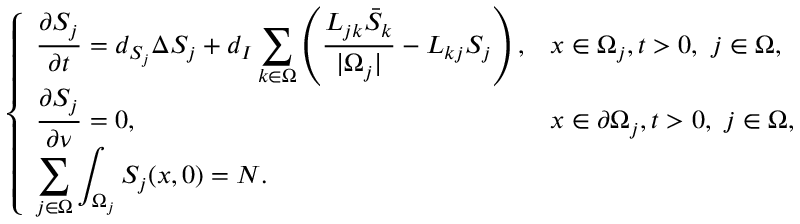
\left\{ \begin{array} { l l } { \displaystyle \frac { \partial S _ { j } } { \partial t } = d _ { S _ { j } } \Delta S _ { j } + d _ { I } \sum _ { k \in \Omega } \left( \frac { L _ { j k } \bar { S } _ { k } } { | \Omega _ { j } | } - L _ { k j } S _ { j } \right) , } & { x \in \Omega _ { j } , t > 0 , \ j \in \Omega , } \\ { \displaystyle \frac { \partial S _ { j } } { \partial \nu } = 0 , } & { x \in \partial \Omega _ { j } , t > 0 , \ j \in \Omega , } \\ { \displaystyle \sum _ { j \in \Omega } \int _ { \Omega _ { j } } S _ { j } ( x , 0 ) = N . } & \end{array} \right.